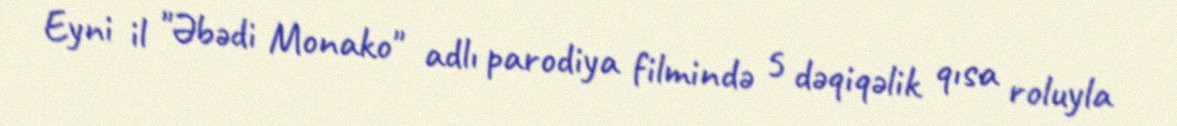
Eyni il "Əbədi Monako" adlı parodiya filmində 5 dəqiqəlik qısa roluyla